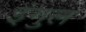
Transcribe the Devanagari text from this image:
इंगुल